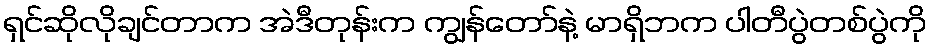
ရှင်ဆိုလိုချင်တာက အဲဒီတုန်းက ကျွန်တော်နဲ့ မာရှိဘက ပါတီပွဲတစ်ပွဲကို